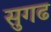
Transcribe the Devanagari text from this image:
सुगढ